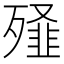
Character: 𭮞